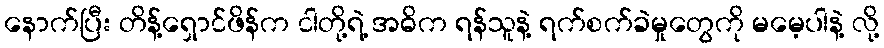
နောက်ပြီး တိန့်ရှောင်ဖိန်က ငါတို့ရဲ့ အဓိက ရန်သူနဲ့ ရက်စက်ခဲမှုတွေကို မမေ့ပါနဲ့ လို့